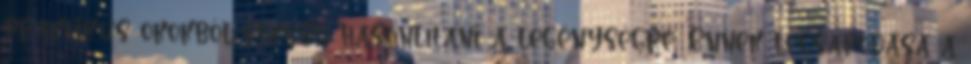
praktikus okokból elkezd hasonlítani a legénységre. Ennek lecsapódása a